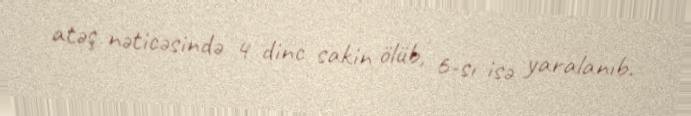
atəş nəticəsində 4 dinc sakin ölüb, 6-sı isə yaralanıb.